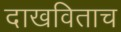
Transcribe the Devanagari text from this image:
दाखविताच